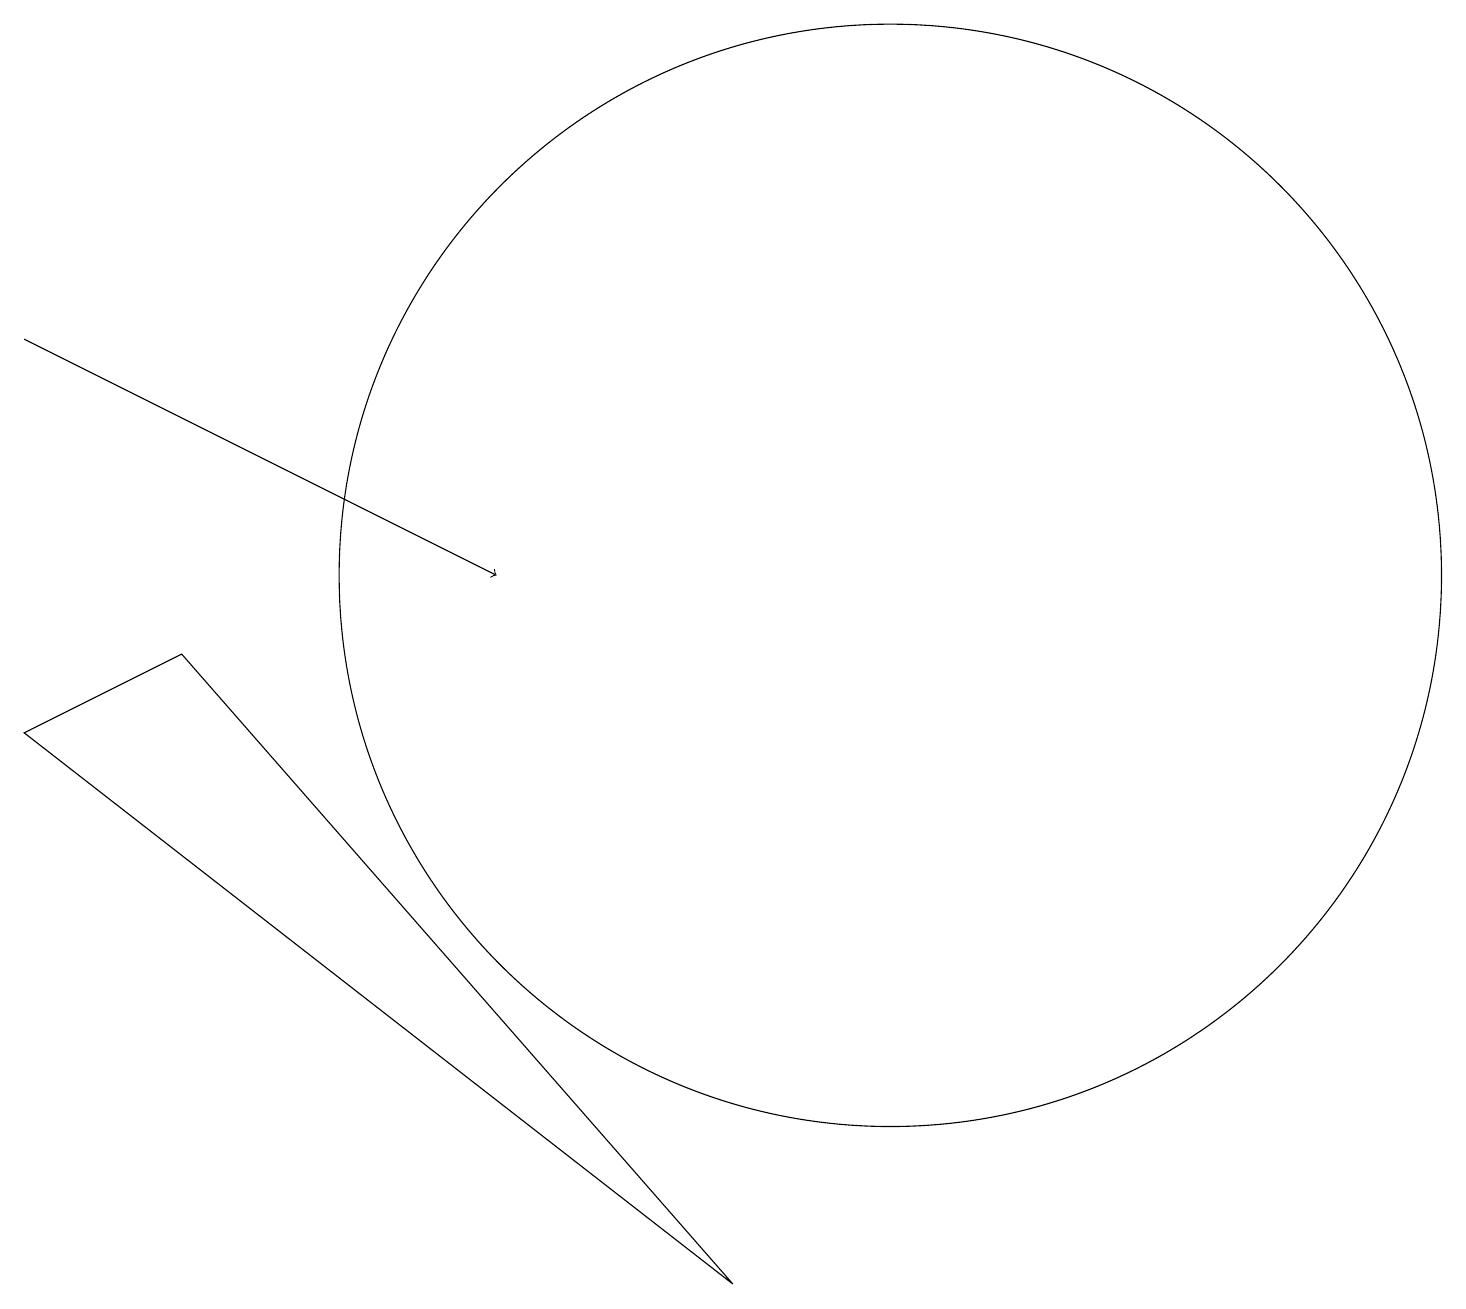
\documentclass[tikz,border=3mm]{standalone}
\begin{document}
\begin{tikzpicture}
\draw (2,9) -- (9,1) -- (0,8) -- cycle;
\draw (11,10) circle (7);
\draw[->] (0,13) -- (6,10);
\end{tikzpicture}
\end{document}